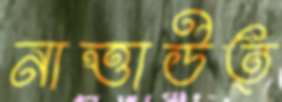
নাত্তাউত্